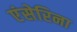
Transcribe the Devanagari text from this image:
एंसेरिना